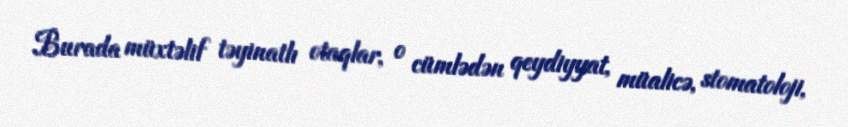
Burada müxtəlif təyinatlı otaqlar, o cümlədən qeydiyyat, müalicə, stomatoloji,